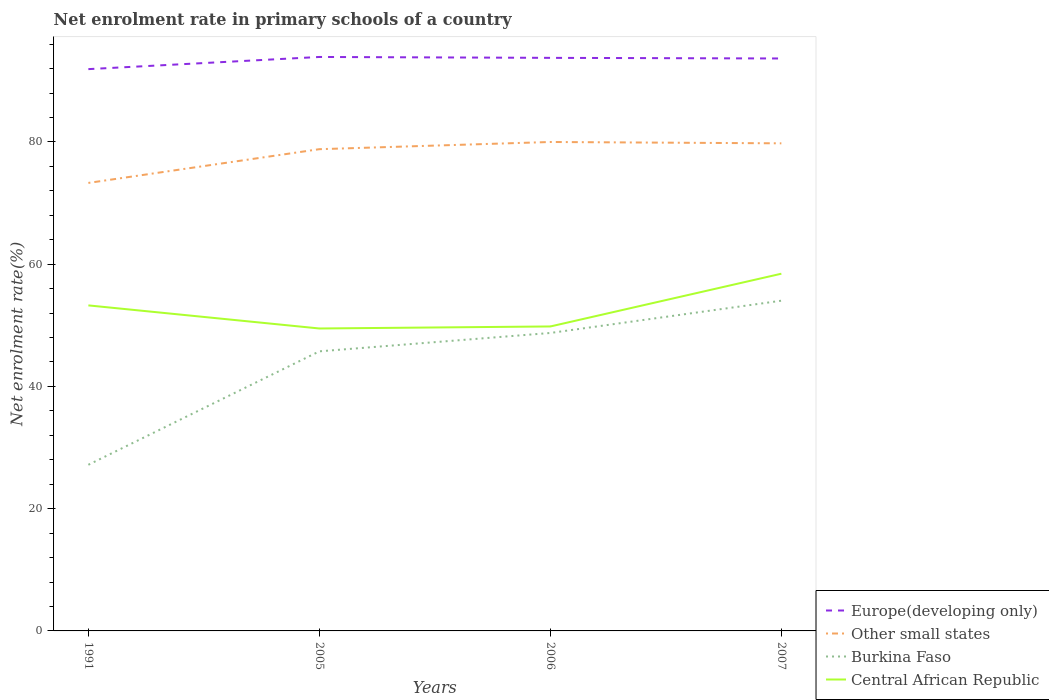
| Years | Europe(developing only) | Other small states | Burkina Faso | Central African Republic |
 | --- | --- | --- | --- | --- |
 | 1991 | 91.9 | 73.3 | 27.2 | 53.3 |
 | 2005 | 93.9 | 78.8 | 45.7 | 49.5 |
 | 2006 | 93.8 | 80 | 48.7 | 49.8 |
 | 2007 | 93.7 | 79.8 | 54 | 58.4 |